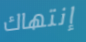
إنتهاك